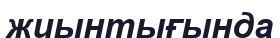
жиынтығында